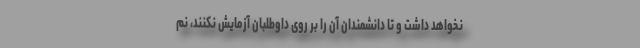
نخواهد داشت و تا دانشمندان آن را بر روی داوطلبان آزمایش نکنند، نم